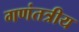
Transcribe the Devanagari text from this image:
गणंतत्रीय